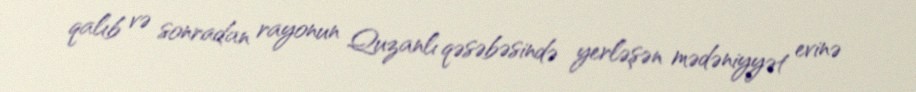
qalıb və sonradan rayonun Quzanlı qəsəbəsində yerləşən mədəniyyət evinə